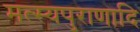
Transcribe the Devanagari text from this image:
मत्स्यपुराणादि